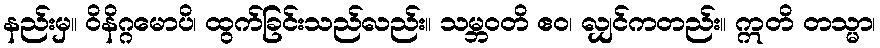
နည်းမှ။ ဝိနိဂ္ဂမောပိ၊ ထွက်ခြင်းသည်လည်း။ သမ္ဘဝတိ ဧဝ၊ လျှင်ကတည်း။ ဣတိ တသ္မာ၊